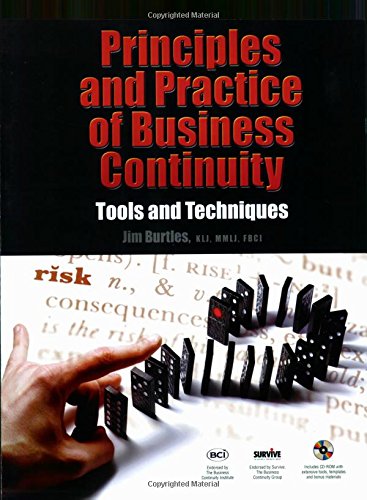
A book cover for Principles and Practice of Business Continuity: Tools and Techniques; Jim Burtles; Business & Money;